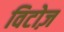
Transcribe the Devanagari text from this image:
विटोज़